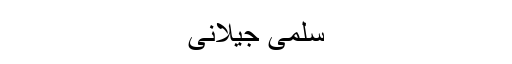
سلمیٰ جیلانی